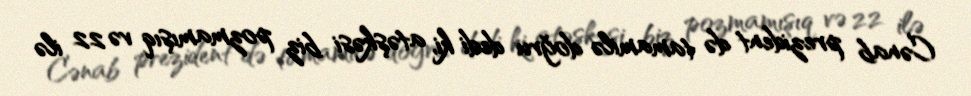
Cənab prezident də tamamilə doğru dedi ki, atəşkəsi biz pozmamışıq və 22 ilə